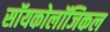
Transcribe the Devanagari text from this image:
सॉयकोलॉजिकल